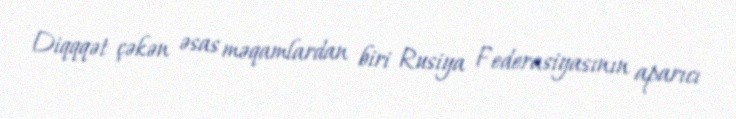
Diqqqət çəkən əsas məqamlardan biri Rusiya Federasiyasının aparıcı